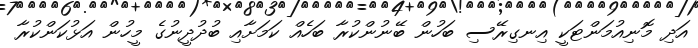
އަދި މޮނިއުމަންޓަކީ އިނގިރޭސި ބަހުން ބޭނުންކުރާ ބަހެއް ކަމަށާއި ބުދުދީނުގެ މީހުން އަޅުކަންކުރާ